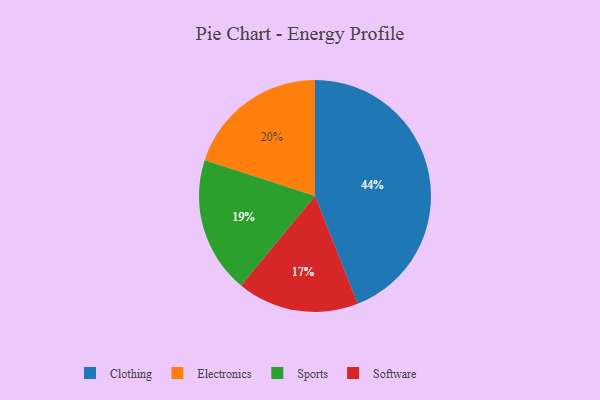
{"axis": {"x": "Category", "y": "Percentage"}, "legend": ["Clothing", "Electronics", "Software", "Sports"], "data": [{"x": "Sports", "y": 19, "type": "Sports"}, {"x": "Electronics", "y": 20, "type": "Electronics"}, {"x": "Software", "y": 17, "type": "Software"}, {"x": "Clothing", "y": 44, "type": "Clothing"}]}